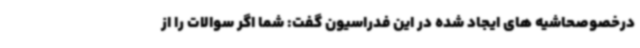
درخصوصحاشیه های ایجاد شده در این فدراسیون گفت: شما اگر سوالات را از